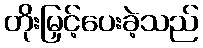
တိုးမြှင့်ပေးခဲ့သည်